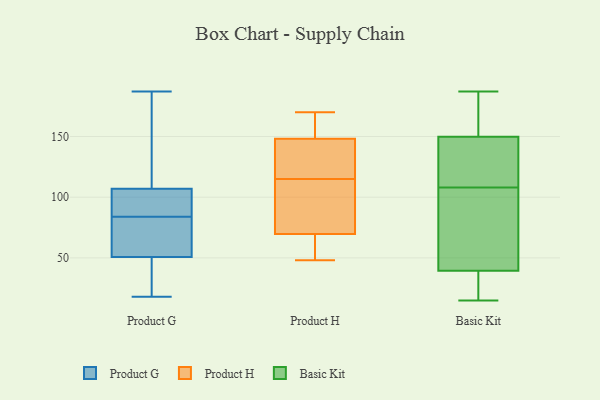
{"axis": {"x": "Shipments", "y": "Value"}, "legend": ["Basic Kit", "Product G", "Product H"], "data": [{"x": "", "y": 109, "type": "Product G"}, {"x": "", "y": 56, "type": "Product G"}, {"x": "", "y": 94, "type": "Product G"}, {"x": "", "y": 59, "type": "Product G"}, {"x": "", "y": 43, "type": "Product G"}, {"x": "", "y": 26, "type": "Product G"}, {"x": "", "y": 77, "type": "Product G"}, {"x": "", "y": 94, "type": "Product G"}, {"x": "", "y": 113, "type": "Product G"}, {"x": "", "y": 120, "type": "Product G"}, {"x": "", "y": 84, "type": "Product G"}, {"x": "", "y": 18, "type": "Product G"}, {"x": "", "y": 187, "type": "Product G"}, {"x": "", "y": 101, "type": "Product G"}, {"x": "", "y": 49, "type": "Product G"}, {"x": "", "y": 57, "type": "Product H"}, {"x": "", "y": 108, "type": "Product H"}, {"x": "", "y": 56, "type": "Product H"}, {"x": "", "y": 88, "type": "Product H"}, {"x": "", "y": 115, "type": "Product H"}, {"x": "", "y": 145, "type": "Product H"}, {"x": "", "y": 74, "type": "Product H"}, {"x": "", "y": 159, "type": "Product H"}, {"x": "", "y": 145, "type": "Product H"}, {"x": "", "y": 127, "type": "Product H"}, {"x": "", "y": 170, "type": "Product H"}, {"x": "", "y": 48, "type": "Product H"}, {"x": "", "y": 158, "type": "Product H"}, {"x": "", "y": 38, "type": "Basic Kit"}, {"x": "", "y": 34, "type": "Basic Kit"}, {"x": "", "y": 183, "type": "Basic Kit"}, {"x": "", "y": 123, "type": "Basic Kit"}, {"x": "", "y": 51, "type": "Basic Kit"}, {"x": "", "y": 167, "type": "Basic Kit"}, {"x": "", "y": 22, "type": "Basic Kit"}, {"x": "", "y": 56, "type": "Basic Kit"}, {"x": "", "y": 143, "type": "Basic Kit"}, {"x": "", "y": 44, "type": "Basic Kit"}, {"x": "", "y": 179, "type": "Basic Kit"}, {"x": "", "y": 150, "type": "Basic Kit"}, {"x": "", "y": 123, "type": "Basic Kit"}, {"x": "", "y": 44, "type": "Basic Kit"}, {"x": "", "y": 108, "type": "Basic Kit"}, {"x": "", "y": 15, "type": "Basic Kit"}, {"x": "", "y": 187, "type": "Basic Kit"}, {"x": "", "y": 149, "type": "Basic Kit"}, {"x": "", "y": 38, "type": "Basic Kit"}]}